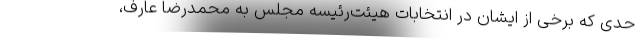
حدی که برخی از ایشان در انتخابات هیئت‌رئیسه مجلس به محمدرضا عارف،